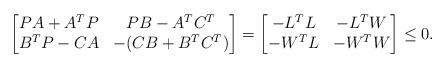
LaTeX: \begin{align*}\begin{bmatrix}PA+A^{T}P & PB-A^{T}C^{T} \\B^{T}P-CA & -(CB+B^{T}C^{T})\end{bmatrix} =\begin{bmatrix}-L^{T}L & -L^{T}W \\-W^{T}L & -W^{T}W\end{bmatrix}\leq 0.\end{align*}